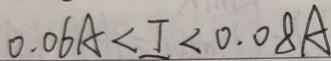
0 . 0 6 A < I < 0 . 0 8 A